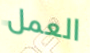
العمل